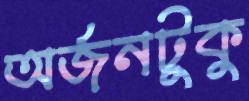
অর্জনটুকু